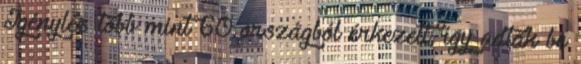
Igénylés több mint 60 országból érkezett, így adtak be